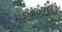
મહાભારતકાલીન